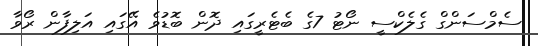
ސެމްސަންގް ގެލެކްސީ ނޯޓު 7ގެ ބެޓެރީގައި ދޮން ބޮޑުވެ އޭގައި އަލިފާން ރޯވާ